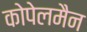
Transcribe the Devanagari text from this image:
कोपेलमैन